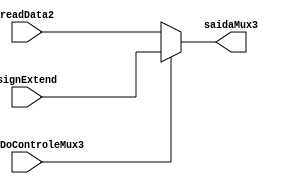
module Mux32(readData2, signExtend, sinalDoControleMux3, saidaMux3);

input [31:0] readData2;
input [31:0] signExtend;
input [0:0] sinalDoControleMux3;

wire [31:0] readData2, signExtend;
wire [0:0] sinalDoControleMux3;


output [31:0] saidaMux3;
wire [31:0] saidaMux3;
//reg [32:0] saidaMux3;

assign saidaMux3 [31:0] = sinalDoControleMux3==0 ? readData2 : signExtend;

//always @(sinalDoControleMux3 or readData2 or signExtend)
	//begin
		//assign saidaMux3 [31:0] = sinalDoControleMux3==0 ? readData2 : signExtend;
		//saidaMux3 = sinalDoControleMux3==0 ? readData2 : signExtend;
	//end
endmodule